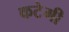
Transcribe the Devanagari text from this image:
कटेगी